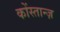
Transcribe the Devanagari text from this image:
कोंस्तान्ज़